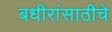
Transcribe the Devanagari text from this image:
बधीरांसाठीचे